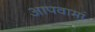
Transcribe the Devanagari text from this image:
आपवामां